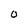
Character: O